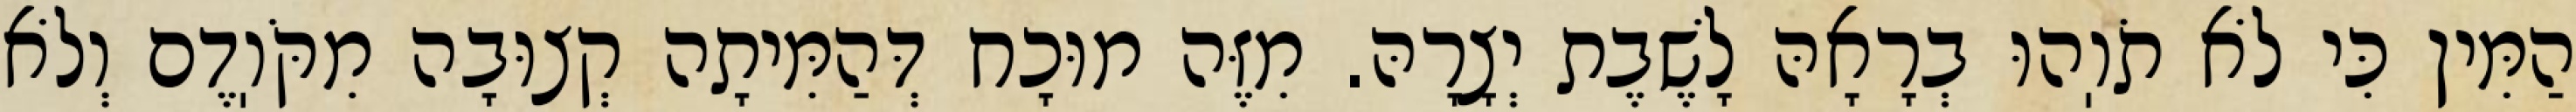
הַמִּין כִּי לֹא תֹוֽהוּ בְרָאָהּ לָשֶׁבֶת יְצָרָהּ. מִזֶּה מוּכָח דְּהַמִּיתָה קְצוּבָה מִקֹּוֽדֶם וְלֹא